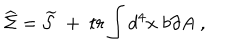
\widehat { \Sigma } = \widetilde { \mathcal { S } } \; + \; t r \int d ^ { 4 } x \; b \partial A \; ,